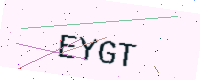
Text: EYGT